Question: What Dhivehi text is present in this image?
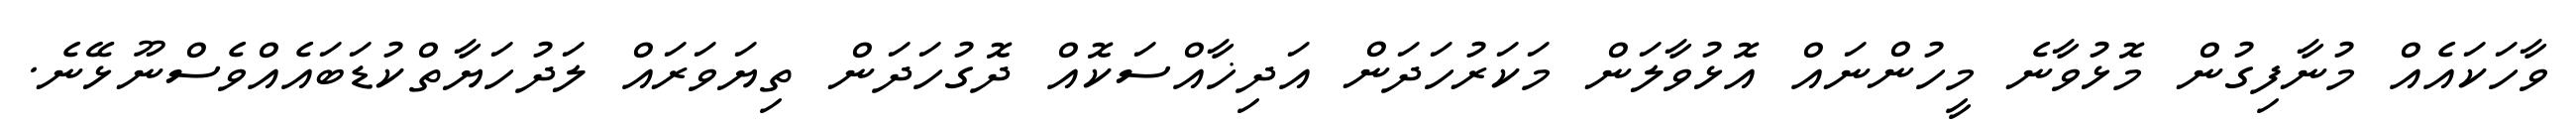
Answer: ވާހަކައެއް މުނާފިގުން މޮޅުވާނެ މީހުންނައް އޮޅުވާލަން މަކަރުހަދަން އަދިޚާއްސަކޮއް ދޮގުހަދަން ތިޔަވަރައް ލަދުހަޔާތްކުޑަބައެއްވެސްނޫޅޭނެ.